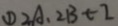
\textcircled { 1 } 2 A . 2 B + 2